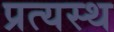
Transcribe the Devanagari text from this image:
प्रत्यस्थ